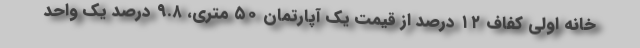
خانه اولی کفاف ۱۲ درصد از قیمت یک آپارتمان ۵۰ متری، ۹.۸ درصد یک واحد